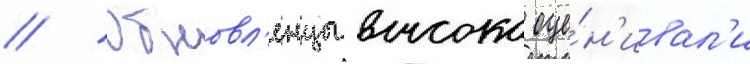
// Обновл'енцы высоко оце́н'ивал'и